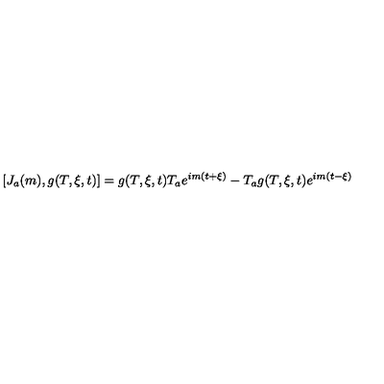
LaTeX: [ J _ { a } ( m ) , g ( T , \xi , t ) ] = g ( T , \xi , t ) T _ { a } e ^ { i m ( t + \xi ) } - T _ { a } g ( T , \xi , t ) e ^ { i m ( t - \xi ) }